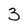
Character: 3